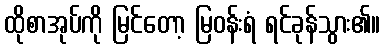
ထိုစာအုပ်ကို မြင်တော့ မြဝန်းရံ ရင်ခုန်သွား၏။